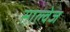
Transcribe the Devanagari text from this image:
साल्वेज